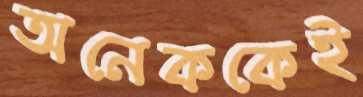
অনেককেই